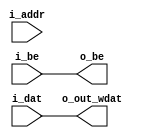
/*
Copyright 2021 GaoZiBo <diyer175@hotmail.com>
Powered by YSYX https://oscpu.github.io/ysyx

Licensed under The MIT License (MIT).
-------------------------------------
Permission is hereby granted, free of charge, to any person obtaining a copy of
this software and associated documentation files (the "Software"), to deal in
the Software without restriction, including without limitation the rights to
use, copy, modify, merge, publish, distribute, sublicense, and/or sell copies of
the Software, and to permit persons to whom the Software is furnished to do so,
subject to the following conditions:

The above copyright notice and this permission notice shall be included in all
copies or substantial portions of the Software.

THE SOFTWARE IS PROVIDED "AS IS", WITHOUT WARRANTY OF ANY KIND, EXPRESS OR
IMPLIED,INCLUDING BUT NOT LIMITED TO THE WARRANTIES OF MERCHANTABILITY, FITNESS
FOR A PARTICULAR PURPOSE AND NONINFRINGEMENT. IN NO EVENT SHALL THE AUTHORS OR
COPYRIGHT HOLDERS BE LIABLE FOR ANY CLAIM, DAMAGES OR OTHER LIABILITY, WHETHER
IN AN ACTION OF CONTRACT, TORT OR OTHERWISE, ARISING FROM, OUT OF OR IN
CONNECTION WITH THE SOFTWARE OR THE USE OR OTHER DEALINGS IN THE SOFTWARE.
 */

module align_w
#(
   parameter                           IN_P_DW_BYTES = 0,
   parameter                           OUT_P_DW_BYTES = 0,
   parameter                           IN_AW = 0
)
(
   input [(1<<OUT_P_DW_BYTES)*8-1:0]   i_dat,
   input [(1<<OUT_P_DW_BYTES)-1:0]     i_be,
   input [IN_AW-1:0]                   i_addr,
   output [(1<<IN_P_DW_BYTES)-1:0]     o_be,
   output [(1<<IN_P_DW_BYTES)*8-1:0]   o_out_wdat
);
   localparam IN_BYTES                 = (1<<IN_P_DW_BYTES);
   localparam OUT_BYTES                = (1<<OUT_P_DW_BYTES);
   
   localparam WIN_NUM                  = (OUT_P_DW_BYTES <= IN_P_DW_BYTES) ? (IN_BYTES/OUT_BYTES)              : (OUT_BYTES/IN_BYTES);
   localparam WIN_P_NUM                = (OUT_P_DW_BYTES <= IN_P_DW_BYTES) ? (IN_P_DW_BYTES - OUT_P_DW_BYTES)  : (OUT_P_DW_BYTES - IN_P_DW_BYTES);
   localparam WIN_DW                   = (OUT_P_DW_BYTES <= IN_P_DW_BYTES) ? (OUT_BYTES*8)                     : (IN_BYTES*8);
   localparam WIN_P_DW_BYTES           = (OUT_P_DW_BYTES <= IN_P_DW_BYTES) ? (OUT_P_DW_BYTES)                  : (IN_P_DW_BYTES);
   genvar i;
   
   generate
      if (OUT_P_DW_BYTES == IN_P_DW_BYTES)
         begin : gen_1
            assign o_be = i_be;
            assign o_out_wdat = i_dat;
         end
      else if (OUT_P_DW_BYTES <= IN_P_DW_BYTES)
         begin : gen_2
            for(i=0;i<WIN_NUM;i=i+1)
               begin : gen_o
                  assign o_be[i*(WIN_DW/8) +: (WIN_DW/8)] = ({(WIN_DW/8){i_addr[WIN_P_DW_BYTES +: WIN_P_NUM] == i}} & i_be);
                  assign o_out_wdat[i*WIN_DW +: WIN_DW] = i_dat;
               end
         end
      else
         begin : gen_3
            wire [WIN_DW-1:0] i_axi_din_win [WIN_NUM-1:0];
            wire [WIN_DW/8-1:0] i_be_win [WIN_NUM-1:0];
            
            for(i=0;i<WIN_NUM;i=i+1)
               begin : gen_i
                  assign i_axi_din_win[i] = i_dat[i*WIN_DW +: WIN_DW];
                  assign i_be_win[i] = i_be[i*(WIN_DW/8) +: (WIN_DW/8)];
               end
               
            assign o_be = i_be_win[i_addr[WIN_P_DW_BYTES +: WIN_P_NUM]];
            assign o_out_wdat = i_axi_din_win[i_addr[WIN_P_DW_BYTES +: WIN_P_NUM]];
         end
   endgenerate

endmodule